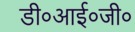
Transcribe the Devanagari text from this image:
डी०आई०जी०